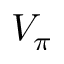
V _ { \pi }